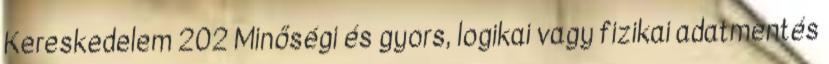
Kereskedelem 202 Minőségi és gyors, logikai vagy fizikai adatmentés